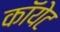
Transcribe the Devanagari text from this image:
कॉयेट